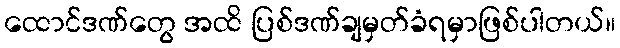
ထောင်ဒဏ်တွေ အထိ ပြစ်ဒဏ်ချမှတ်ခံရမှာဖြစ်ပါတယ်။